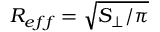
R _ { e f f } = \sqrt { S _ { \perp } / \pi }